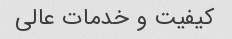
کیفیت و خدمات عالی